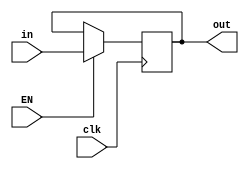
module FLAG_REG (clk,in, out, EN);
	input in;
	input clk, EN;
	output reg out;

	initial begin
		out = 1'bx;
	end


	always @(posedge clk) 
		begin
			if (EN == 1) 
				begin
						out <= in;
				end
		end 
	  
endmodule